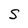
Character: S